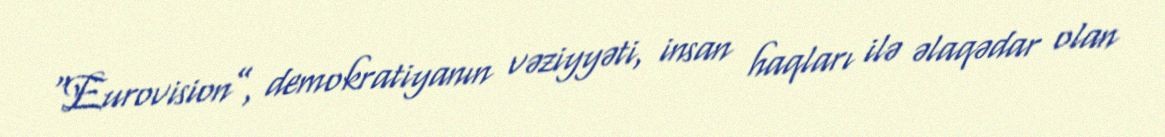
“Eurovision”, demokratiyanın vəziyyəti, insan haqları ilə əlaqədar olan